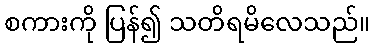
စကားကို ပြန်၍ သတိရမိလေသည်။